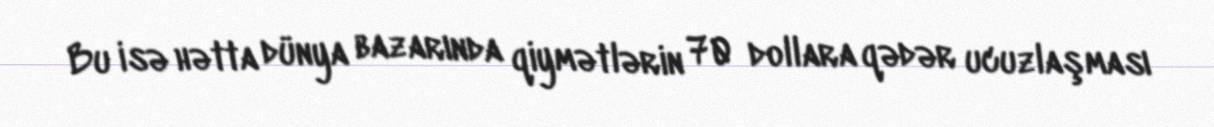
Bu isə hətta dünya bazarında qiymətlərin 70 dollara qədər ucuzlaşması